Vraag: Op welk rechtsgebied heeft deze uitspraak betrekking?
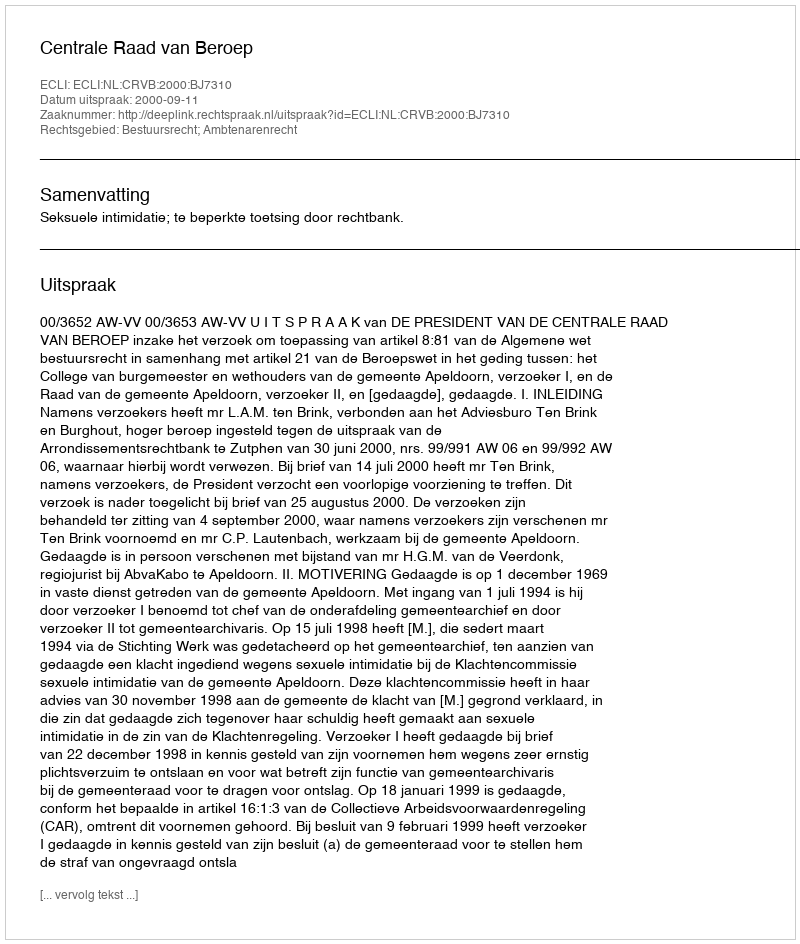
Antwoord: Bestuursrecht; Ambtenarenrecht